Civil Veterinary Department. Central Provinces & Berar 1925-31 - 1925-1931
Year: 1925
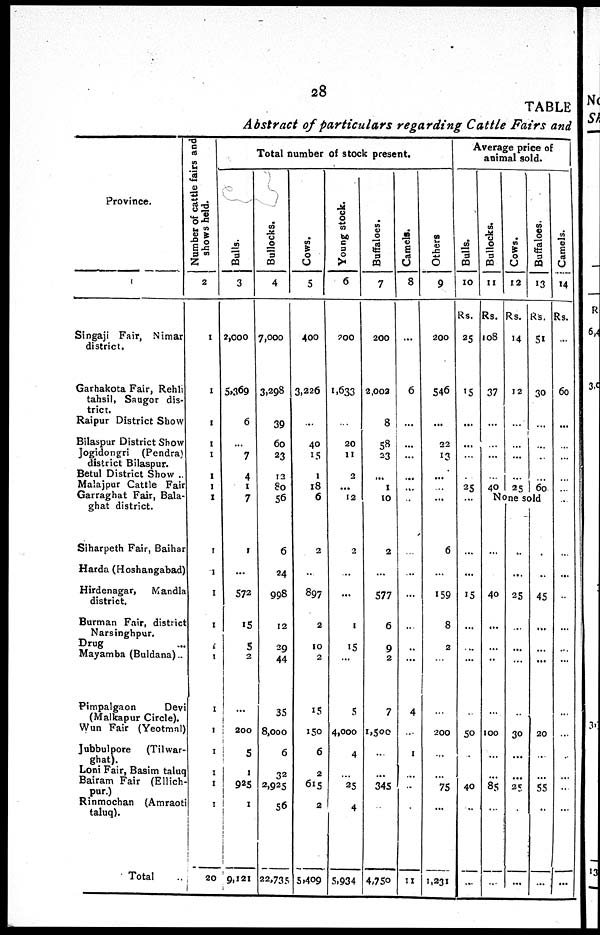
28
TABLE
Abstract of particulars regarding Cattle Fairs and
Province.
1
Singaji Fair, Nimar
district.
Garhakota Fair, Rehli
tahsil, Saugor dis-
trict.
Raipur District Show
Bilaspur District Show
Jogidongri
(Pendra)
district Bilaspur.
Betul District Show ..
Malajpur Cattle Fair
Garraghat Fair, Bala-
ghat district.
Siharpeth Fair, Baihar
Harda (Hoshangabad)
Hirdenagar,
Mandla
district.
Burman Fair, district
Narsinghpur.
Drug
Mayamba (Buldana)..
Pimpalgaon
Devi
(Malkapur Circle).
Wun Fair (Yeotmal)
Jubbulpore
(Tilwar-
ghat).
Loni Fair, Basim taluq
Bairam Fair (Ellich
pur.)
Rinmochan (Amraoti
taluq).
Total ..
Number of cattle fairs and
shows
2
1
1
1
1
1
1
1
1
1
1
I
1
1
1
1
1
1
1
1
1
20
Total number of stock present.
Bulls.
3
2,000
5,369
6
...
7
4
1
7
1
...
572
15
5
2
...
200
5
1
925
1
9,121
Bullocks.
4
7,000
3,298
39
60
23
12
80
56
6
24
998
12
29
44
35
8,000
6
32
2,925
56
22,735
Cows.
5
400
3,226
...
40
15
1
18
6
2
...
897
2
10
2
15
150
6
2
615
2
5,409
Young stock.
6
200
1,633
...
20
11
2
...
12
2
...
...
1
15
...
5
4,000
4
...
25
4
5,934
Buffaloes.
7
200
2,002
8
58
23
...
1
10
2
...
577
6
9
2
7
1,500
...
...
345
...
4,750
Camels.
8
...
6
...
...
...
...
...
...
...
...
...
...
...
...
4
...
1
...
..
...
11
Others
9
200
546
...
22
13
...
...
...
6
...
159
8
2
...
...
200
...
...
75
...
1,231
Average price of
animal sold.
Bulls.
10
Rs.
25
15
...
...
...
...
25
...
...
...
15
...
...
...
...
50
...
...
40
...
...
Bullocks.
11
Rs.
108
37
...
...
...
... 40
Cows.
12
Rs.
14
12
...
...
...
...
25
Buffaloes.
13
Rs.
51
30
...
...
...
...
60
None sold
...
40
...
...
...
100
...
...
85
...
...
..
...
25
...
...
...
30
...
...
25
...
...
...
..
45
...
...
...
20
...
...
55
...
...
Camels.
14
Rs.
...
60
...
...
...
...
...
..
...
...
...
...
...
...
...
...
...
..
...
...